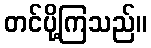
တင်ပို့ကြသည်။